Report on vaccination in the Province of Bengal - 1874-1889
Year: 1874
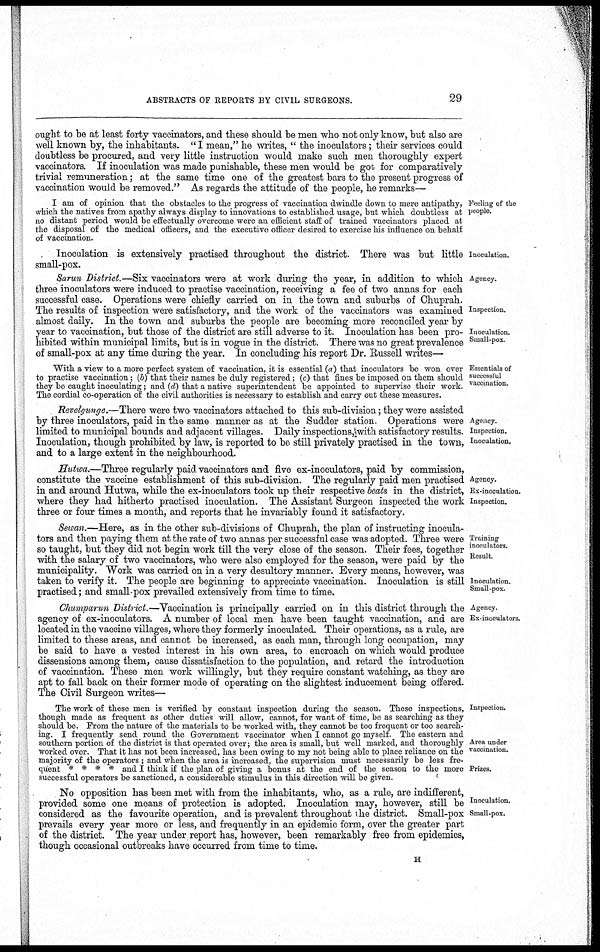
ABSTRACTS OF REPORTS BY CIVIL SURGEONS.
29
ought to be at least forty vaccinators, and these should be men who not only know, but also are
well known by, the inhabitants. " I mean," he writes, " the inoculators; their services could
doubtless be procured, and very little instruction would make such men thoroughly expert
vaccinators. If inoculation was made punishable, these men would be got for comparatively
trivial remuneration; at the same time one of the greatest bars to the present progress of
vaccination would be removed." As regards the attitude of the people, he remarks—
Feeling of the
people.
I am of opinion that the obstacles to the progress of vaccination dwindle down to mere antipathy,
which the natives from apathy always display to innovations to established usage, but which doubtless at
no distant period would be effectually overcome were an efficient staff of trained vaccinators placed at
the disposal of the medical officers, and the executive officer desired to exercise his influence on behalf
of vaccination.
Inoculation.
Inoculation is extensively practised throughout the district. There was but little
small-pox.
Agency.
Inspection.
Inoculation.
Small-pox
Sarun District.—Six vaccinators were at work during the year, in addition to which
three inoculators were induced to practise vaccination, receiving a fee of two annas for each
successful case. Operations were chiefly carried on in the town and suburbs of Chuprah.
The results of inspection were satisfactory, and the work of the vaccinators was examined
almost daily. In the town and suburbs the people are becoming more reconciled year by
year to vaccination, but those of the district are still adverse to it. Inoculation has been pro-
hibited within municipal limits, but is in vogue in the district. There was no great prevalence
of small-pox at any time during the year. In concluding his report Dr. Russell writes—
Essentials of
successful
vaccination.
With a view to a more perfect system of vaccination, it is essential (a) that inoculators be won over
to practise vaccination; (b) that their names be duly registered; (c) that fines be imposed on them should
they be caught inoculating; and (d) that a native superintendent be appointed to supervise their work.
The cordial co-operation of the civil authorities is necessary to establish and carry out these measures.
Agency.
Inspection.
Inoculation.
Revelgunge.—There were two vaccinators attached to this sub-division; they were assisted
by three inoculators, paid in the same manner as at the Sudder station Operations were
limited to municipal bounds and adjacent villages. Daily inspections,with satisfactory results.
Inoculation, though prohibited by law, is reported to be still privately practised in the town,
and to a large extent in the neighbourhood.
Agency.
Ex-inoculation.
Inspection.
Hutwa.—Three regularly paid vaccinators and five ex-inoculators, paid by commission,
constitute the vaccine establishment of this sub-division. The regularly paid men practised
in and around Hutwa, while the ex-inoculators took up their respective beats in the district,
where they had hitherto practised inoculation. The Assistant Surgeon inspected the work
three or four times a month, and reports that he invariably found it satisfactory.
Training
inoculators.
Result.
Inoculation.
Small-pox.
Sewan.—Here, as in the other sub-divisions of Chuprah, the plan of instructing inocula-
tors and then paying them at the rate of two annas per successful case was adopted. Three were
so taught, but they did not begin work till the very close of the season. Their fees, together
with the salary of two vaccinators, who were also employed for the season, were paid by the
municipality. Work was carried on in a very desultory manner. Every means, however, was
taken to verify it. The people are beginning to appreciate vaccination. Inoculation is still
practised; and small-pox prevailed extensively from time to time.
Agency
Ex-inoculators.
Chumparun District.— Vaccination is principally carried on in this district through the
agency of ex-inoculators. A number of local men have been taught vaccination, and are
located in the vaccine villages, where they formerly inoculated. Their operations, as a rule, are
limited to these areas, and cannot be increased, as each man, through long occupation, may
be said to have a vested interest in his own area, to encroach on which would produce
dissensions among them, cause dissatisfaction to the population, and retard the introduction
of vaccination. These men work willingly, but they require constant watching, as they are
apt to fall back on their former mode of operating on the slightest inducement being offered.
The Civil Surgeon writes—
Inspection.
Area under
vaccination.
Prizes.
The work of these men is verified by constant inspection during the season. These inspections,
though made as frequent as other duties will allow, cannot, for want of time, be as searching as they
should be. From the nature of the materials to be worked with, they cannot be too frequent or too search-
ing. I frequently send round the Government vaccinator when I cannot go myself The eastern and
southern portion of the district is that operated over; the area is small, but well marked, and thoroughly
worked over. That it has not been increased, has been owing to my not being able to place reliance on the
majority of the operators ; and when the area is increased, the supervision must necessarily be less fre-
quent * * * * and I think if the plan of giving a bonus at the end of the season to the more
successful operators be sanctioned, a considerable stimulus in this direction will be given.
Inoculation.
Small-pox.
No opposition has been met with from the inhabitants, who, as a rule, are indifferent,
provided some one means of protection is adopted. Inoculation may, however, still be
considered as the favourite operation, and is prevalent throughout the district. Small-pox
prevails every year more or less, and frequently in an epidemic form, over the greater part
of the district. The year under report has, however, been remarkably free from epidemics,
though occasional outbreaks have occurred from time to time.
H